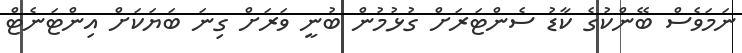
ނަމަވެސް ބޭންކުގެ ކާޑު ސެންޓަރަށް ގުޅުމުން ބުނީ ވަރަށް ގިނަ ބަޔަކަށް އިންޓަނެޓް